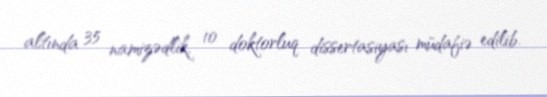
altında 35 namizədlik, 10 doktorluq dissertasiyası müdafiə edilib.